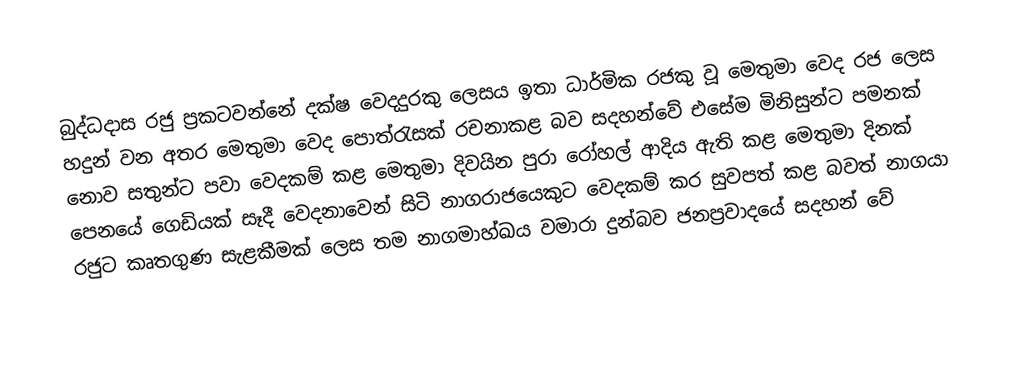
බුද්ධදාස රජු ප්‍රකටවන්නේ දක්ෂ වෙදදුරකු ලෙසය ඉතා ධාර්මික රජකු වූ මෙතුමා වෙද රජ ලෙස හදුන් වන අතර මෙතුමා වෙද පොත්රැසක් රචනාකළ බව සදහන්වේ එසේම මිනිසුන්ට පමනක් නොව සතුන්ට පවා වෙදකම් කළ මෙතුමා දිවයින පුරා රෝහල් ආදිය ඇති කළ මෙතුමා දිනක් පෙනයේ ගෙඩියක් සෑදී වෙදනාවෙන් සිටි නාගරාජයෙකුට වෙදකම් කර සුවපත් කළ බවත් නාගයා රජුට කෘතගුණ සැළකීමක් ලෙස තම නාගමාහ්ඛය වමාරා දුන්බව ජනප්‍රවාදයේ සදහන් වේ